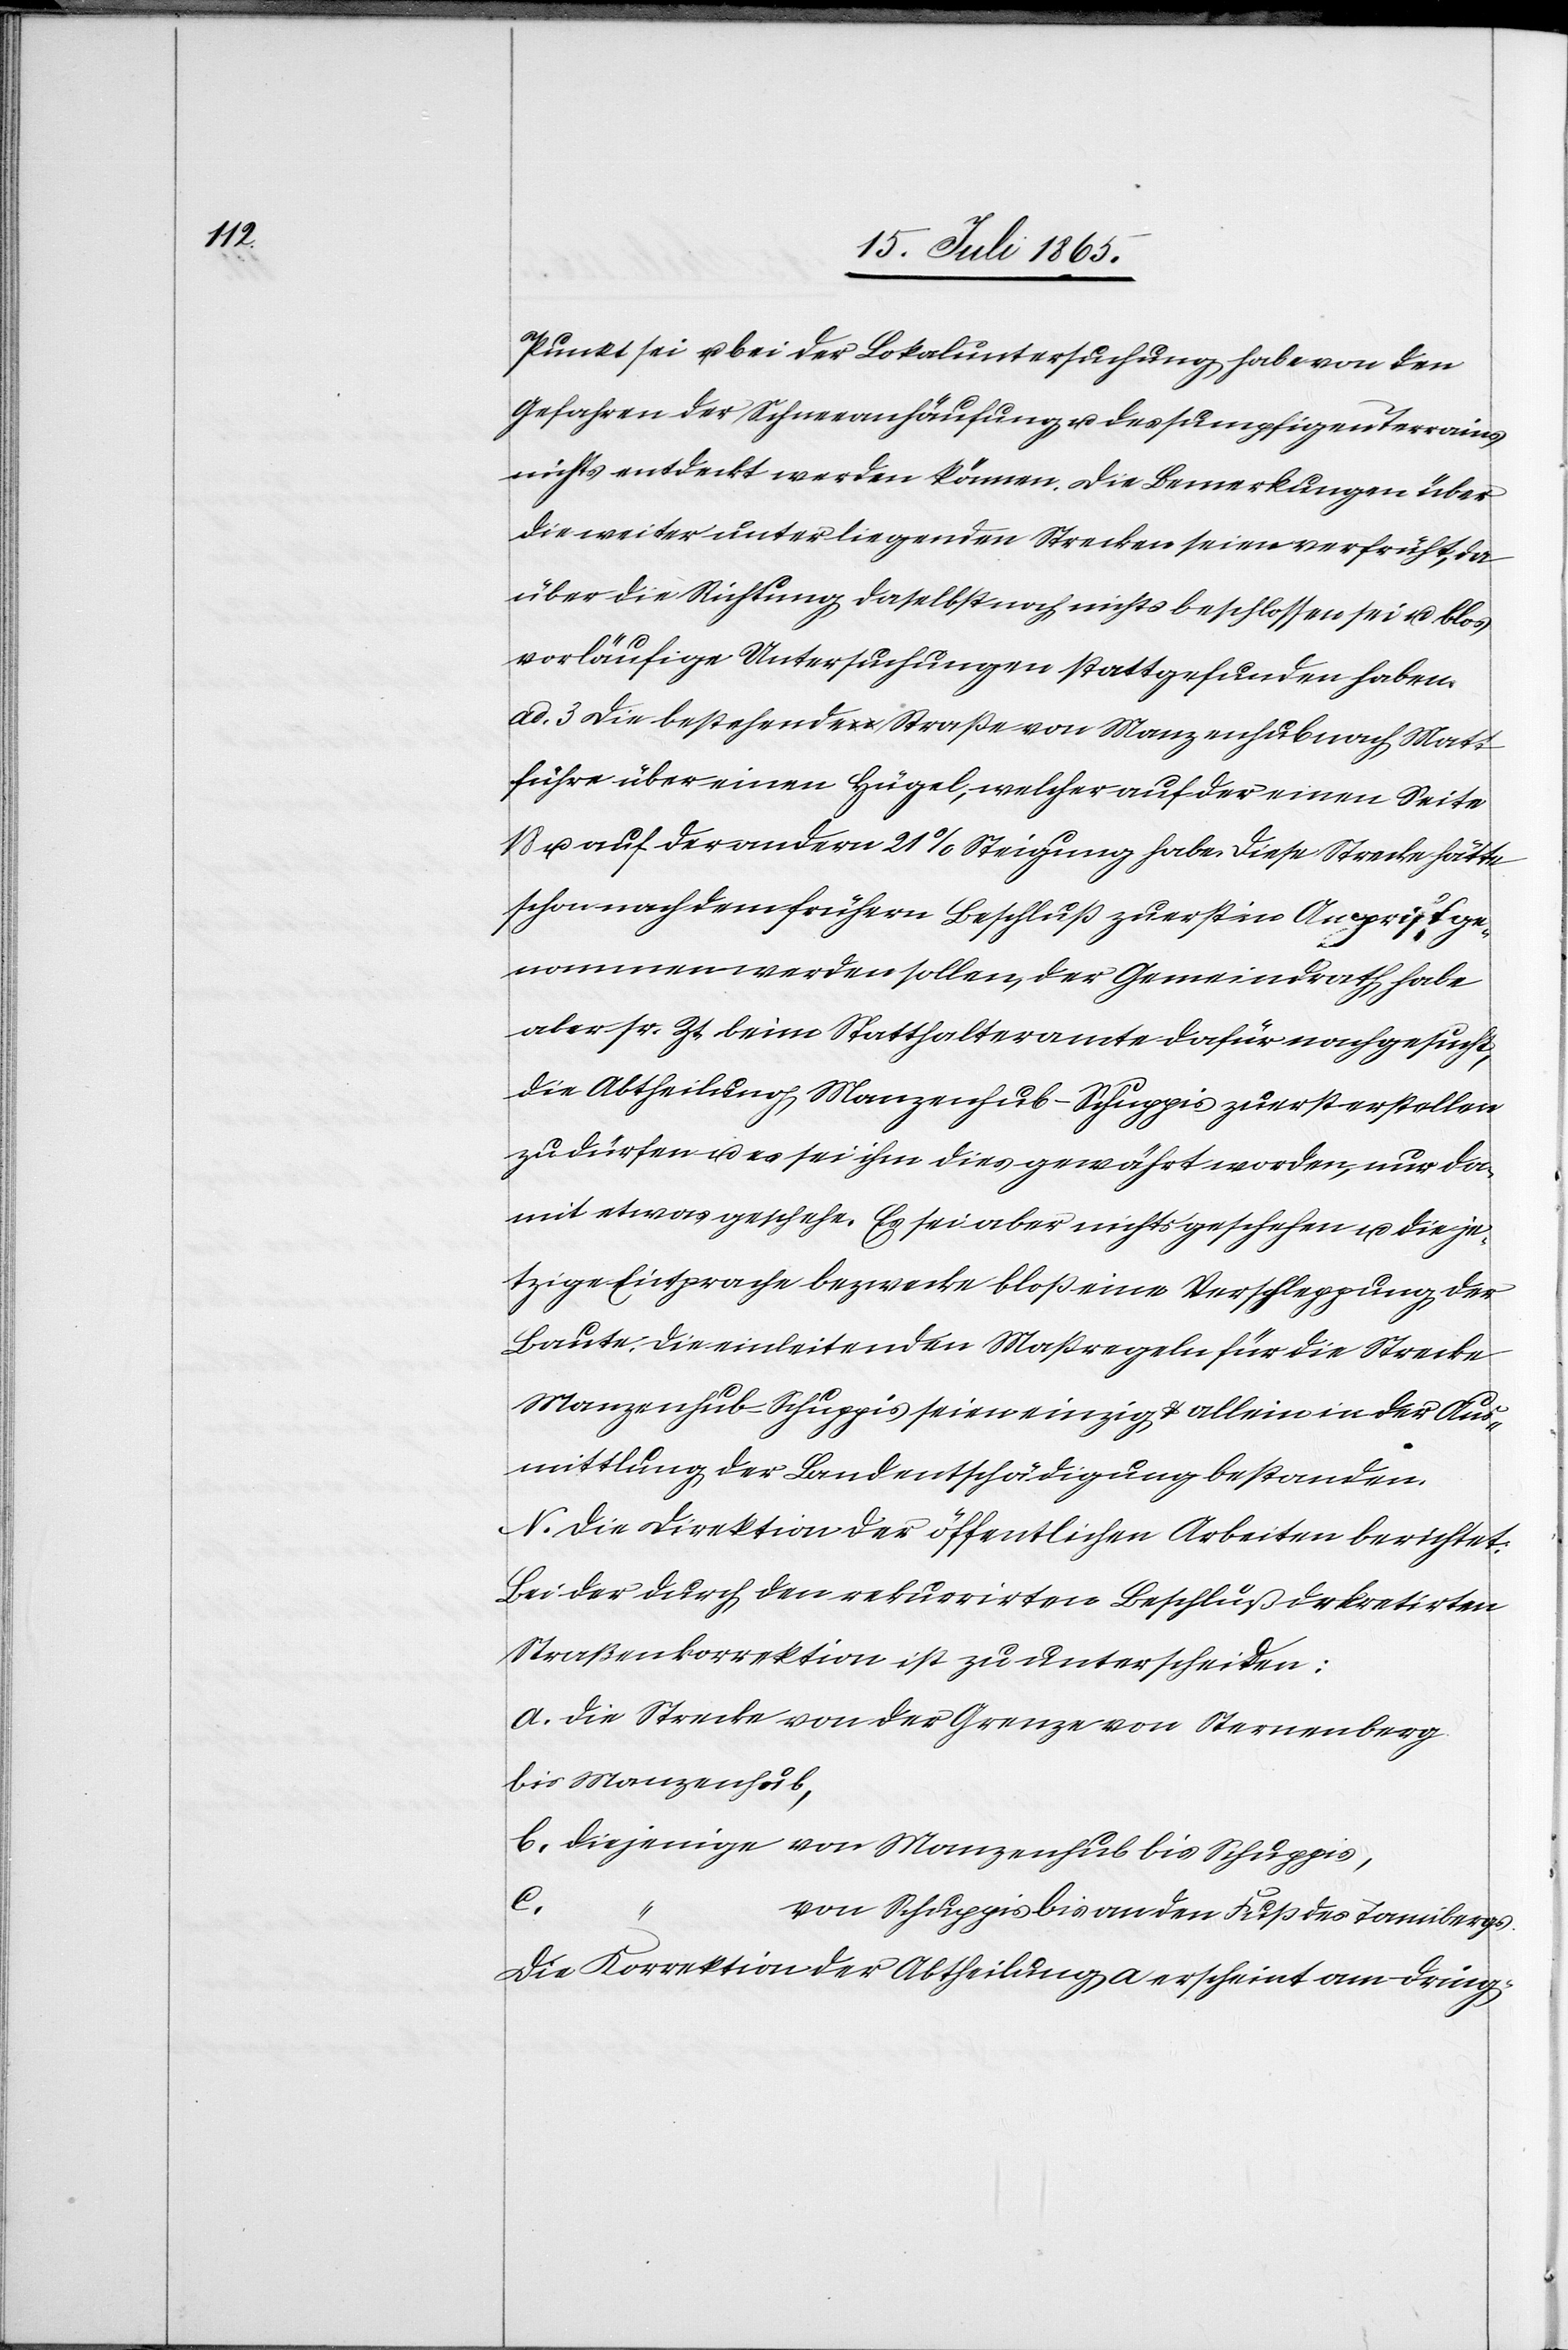
Punkt sei u. bei der Lokaluntersuchung habe von den
Gefahren der Schneeanhäufung u. des sumpfigen Terrains
nichts entdeckt werden können. Die Bemerkungen über
die weiter unterliegenden Strecken seien verfrüht, da
über die Richtung daselbst noch nichts beschlossen sei u. blos
vorläufige Untersuchungen stattgefunden haben.
ad. 3 Die bestehende Straße von Manzenhub nach Matt
führe über einen Hügel, welcher auf der einen Seite
u. auf der andern 21 % Steigung habe. Diese Strecke hätte
schon nach dem frühern Beschluß zuerst in Angriff ge¬
nommen werden sollen, der Gemeindrath habe
aber sr. Zt. beim Statthalteramte dafür nachgesucht,
die Abtheilung Manzenhub-Schuppis zuerst erstellen
zu dürfen u. es sei ihm dies gewährt worden, nur da¬
mit etwas geschehe. Es sei aber nichts geschehen u. die je¬
tzige Einsprache bezwecke bloß eine Verschleppung der
Baute. Die einleitenden Maßregeln für die Strecke
Manzenhub-Schuppis seien einzig u. allein in der Aus¬
mittlung der Landentschädigung bestanden.
N. Die Direktion der öffentlichen Arbeiten berichtet:
Bei der durch den rekurrirten Beschluß dekretirten
Straßenkorrektion ist zu unterscheiden:
a. die Strecke von der Grenze von Sternenberg
bis Manzenhub,
b. diejenige von Manzenhub bis Schuppis,
c.
von Schuppis bis an den Fuß des Tannibergs.
Die Korrektion der Abtheilung a erscheint am dring-